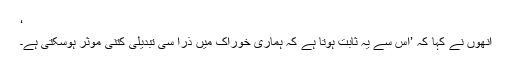
‘
انھوں نے کہا کہ ’اس سے یہ ثابت ہوتا ہے کہ ہماری خوراک میں ذرا سی تبدیلی کتنی موثر ہوسکتی ہے۔